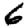
Digit: 6